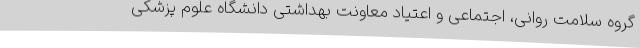
گروه سلامت روانی، اجتماعی و اعتیاد معاونت بهداشتی دانشگاه علوم پزشکی